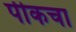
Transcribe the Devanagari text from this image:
पीकचा